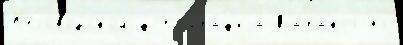
Б'еловодском фотогра́ф'иjа Каракол но